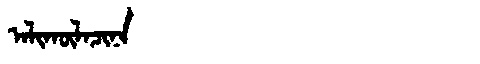
Manchu: ᠠᠯᡳᡴᡡᠯᠠᠴᡳᠨᠠ
Romanization: ALIKŪLACINA